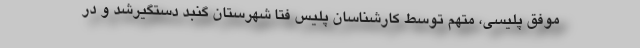
موفق پلیسی، متهم توسط کارشناسان پلیس فتا شهرستان گنبد دستگیرشد و در